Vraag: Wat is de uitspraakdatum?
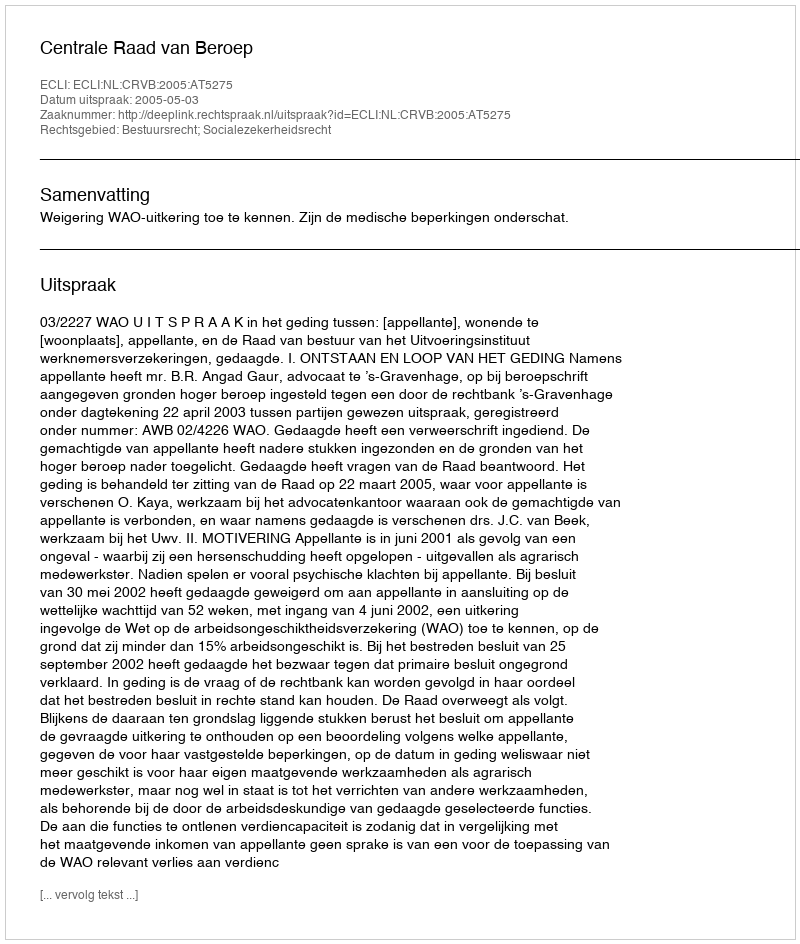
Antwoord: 2005-05-03